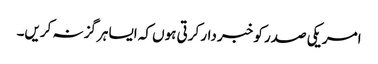
امریکی صدر کو خبر دار کرتی ہوں کہ ایسا ہرگز نہ کریں۔